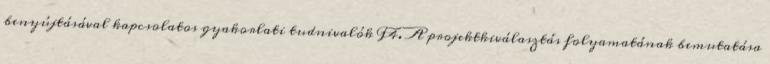
benyújtásával kapcsolatos gyakorlati tudnivalók F4. A projektkiválasztás folyamatának bemutatása